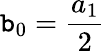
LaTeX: \mathtt{b}_{0}=\frac{{a_{1}}}{{2}}